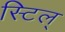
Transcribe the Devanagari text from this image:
स्टिल्